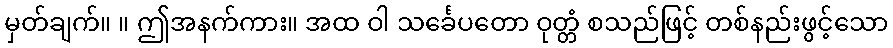
မှတ်ချက်။ ။ ဤအနက်ကား။ အထ ဝါ သင်္ခေပတော ဝုတ္တံ စသည်ဖြင့် တစ်နည်းဖွင့်သော